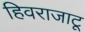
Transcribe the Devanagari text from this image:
हिवराजाटू